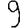
Digit: 9